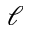
\ell